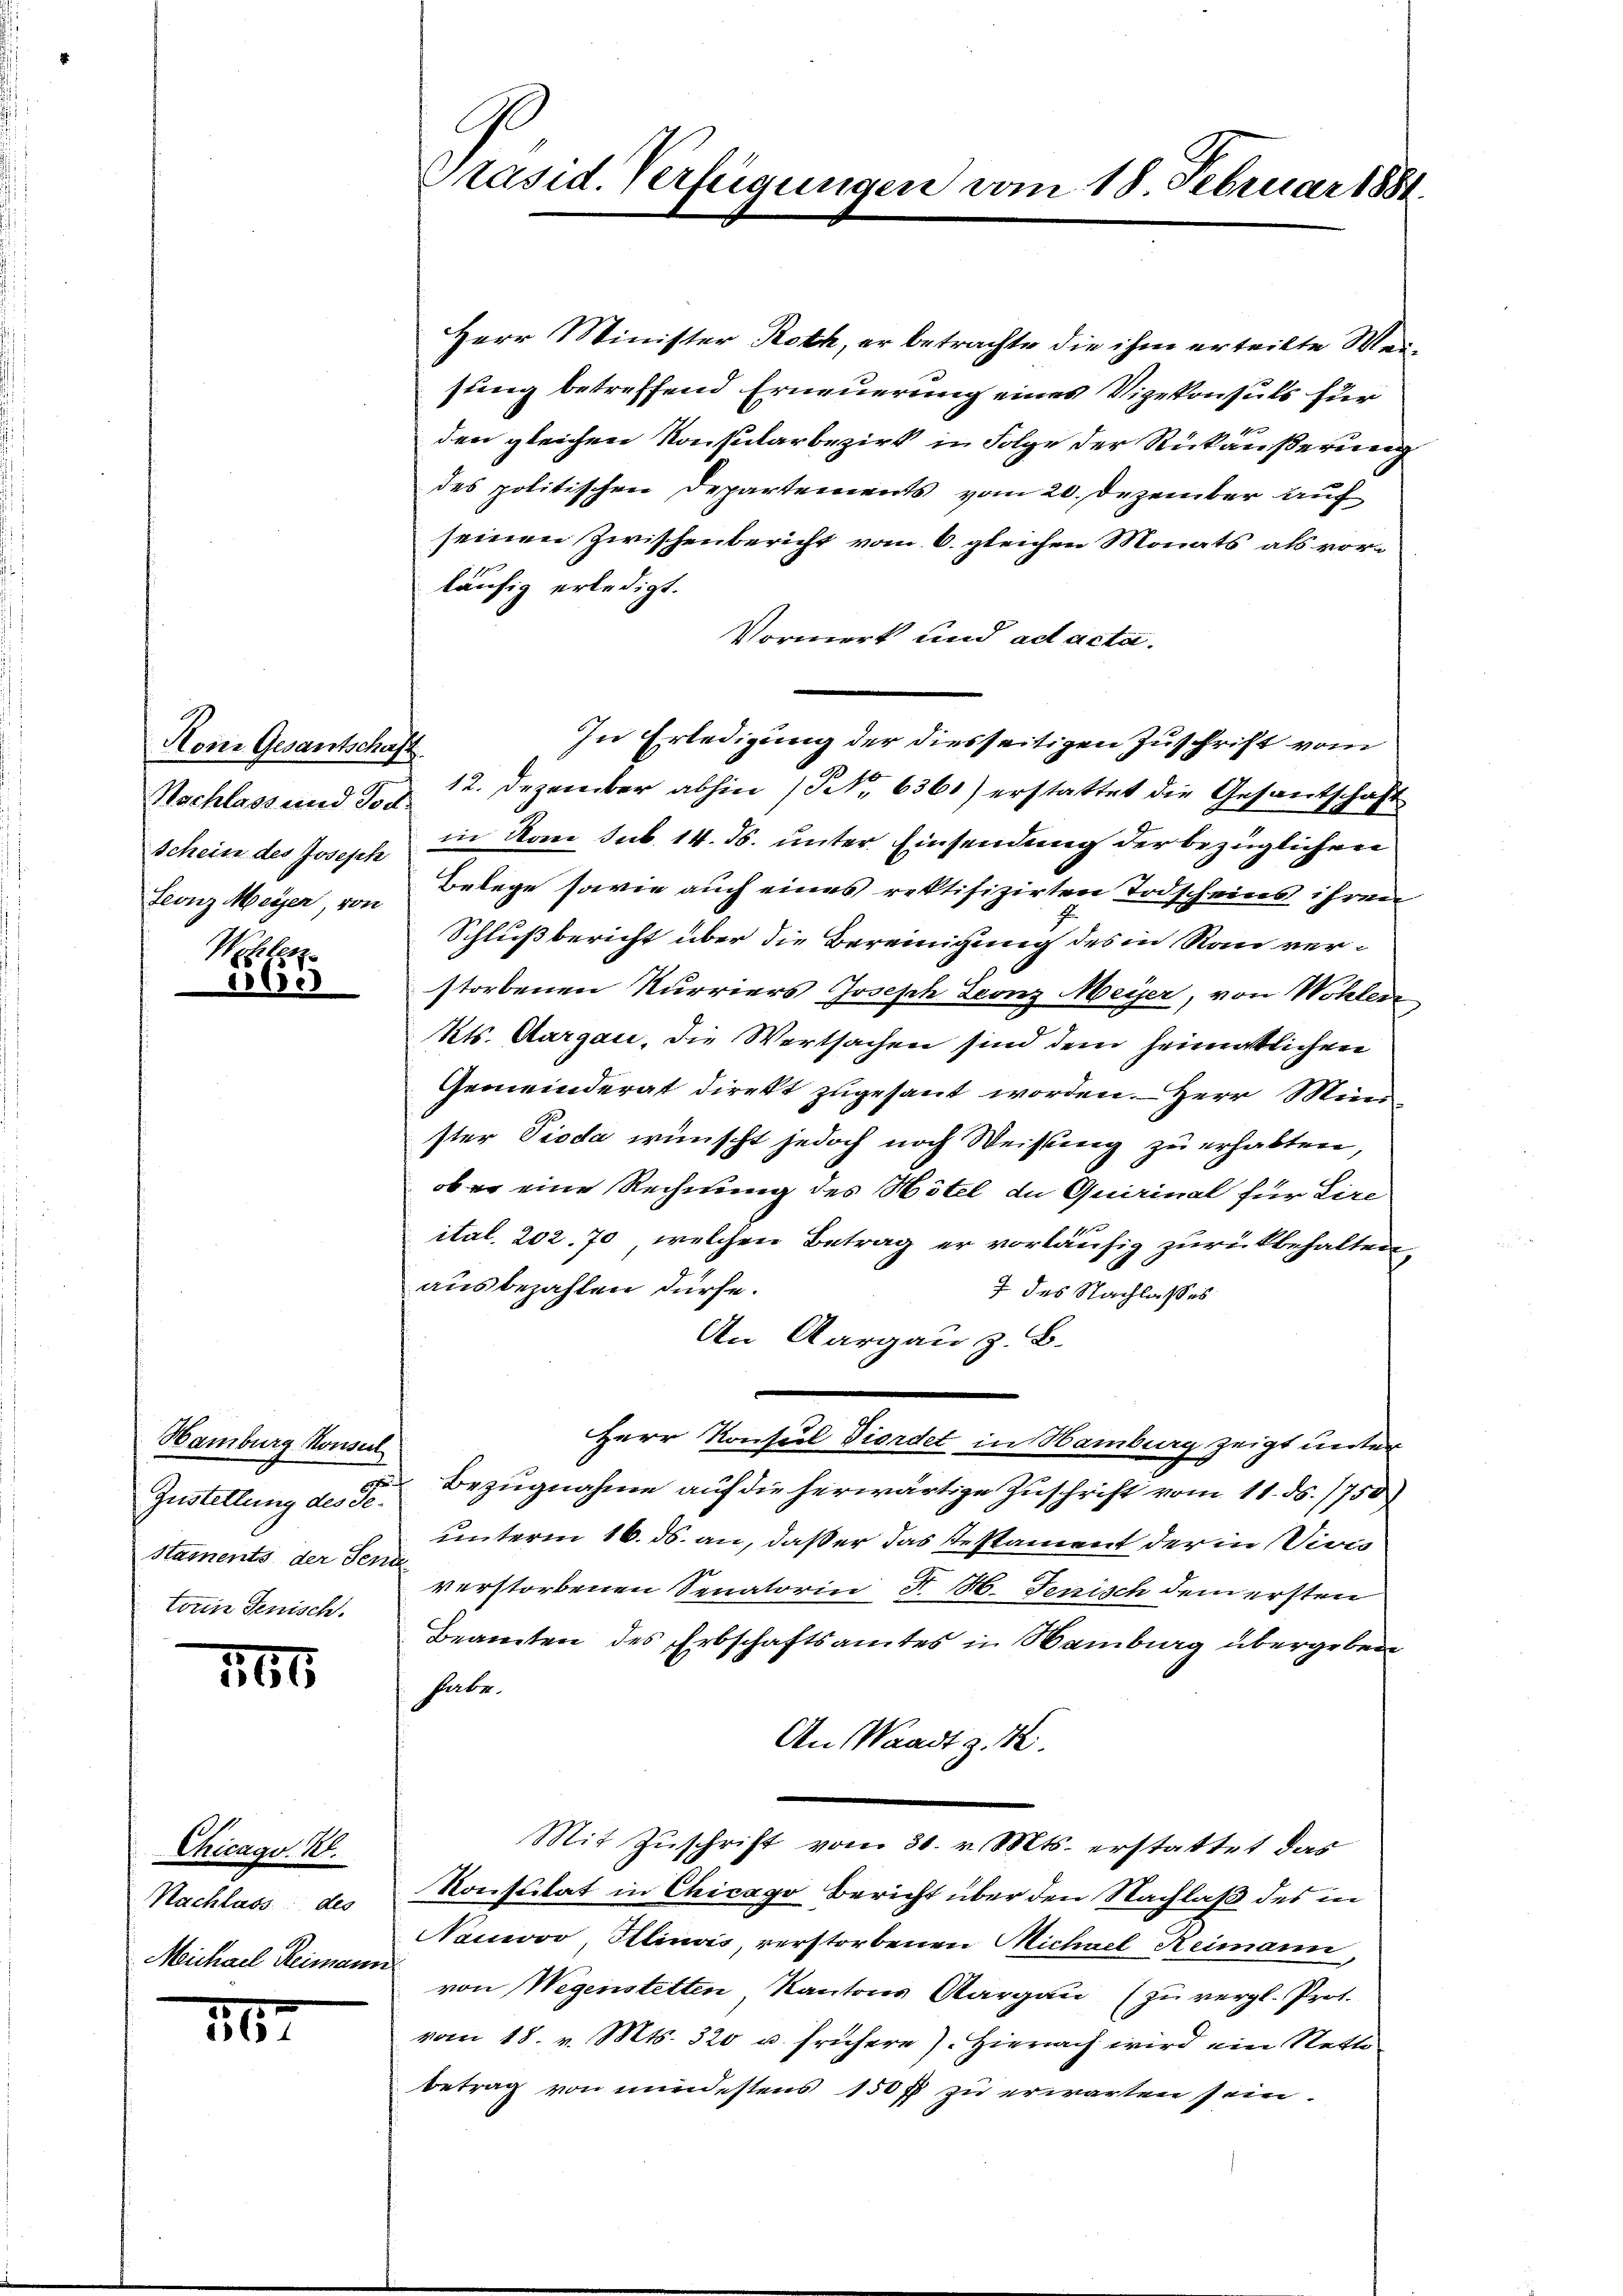
Hon Gesantschaft
Schein des Joseph
Leonz Meyer, von

1

tz
1061

Hamburg Konsen
Haments der Seni
torin Jenisch.

166

Chicago Rl.
Nachlass des
Michael Reimann

11

Herr Minister Roth, er betrachte die ihm ertritte Meisung betreffend Erneuerung eines Vigekonsuls für
den gleichen Konsularbezirk in Folge der Rückäußerung
des politischen Departements vom 20. Dezember auf
seinen Zwischenbericht vom 6. gleichen Monats als vorläufig erledigt.
Vormerk und ad acta.
in vom sub. 14. ds. unter Einsendung der bezüglichen
Belege sowie auch eines rektifizirten Todscheins ihren
Schlußbericht über die Bereinigung des in Rau verstorbenen Kurriers Joseph Leonz Meyer, von Wohlere
Kts. Aargau, die Wertsachen sind dem heimatlichen
Gemeinderat direkt zugesant worden. Herr Mini
ster Pioda wünscht jedoch noch Weisung zu erhalten,
ob er eine Rechnung des Hotel de Quirinal für Dire
ital. 202. 70, welchen Betrag er vorläufig zurückbehalten,
ausbezahlen dürfe.
7 des Nachlasses
An Aargau z. B.
Herr Konsul Diordet in Hamburg zeigt unter
Zustellung des F. Bezugnahme auf die herwärtige Zuschrift vom 11. ds. 1750)
unterm 16. ds. an, daß er das Testament der in Vices
verstorbenen Senatorin P. M. Jenisch dem ersten
Beamten des Erbschaftsamtes in Hamburg übergeben
habe.
An Waadt z.
Mit Zuschrift vom 30. v. Mts. erstattet das
Konsulat in Chicago Bericht über den Nachlaß des in
Nauwoo, Alinas, verstorbenen Michael Reimann,
von Wegenstetten Kantons Aargau (zu vergl. Prof.
vom 18. v. Mts. 320 u. frühere). Hierach wird ein Stette
betrag von mindestens 150 fl zu erwarten sein.

P
Präsid. Verfügungen vom 18. Februar 1881.

In Erledigung der diesseitigen Zuschrift vom
t
Nachlass und J. Z. 12. Dezember abhin (S. 6361) erstattet die Gesandtschaft